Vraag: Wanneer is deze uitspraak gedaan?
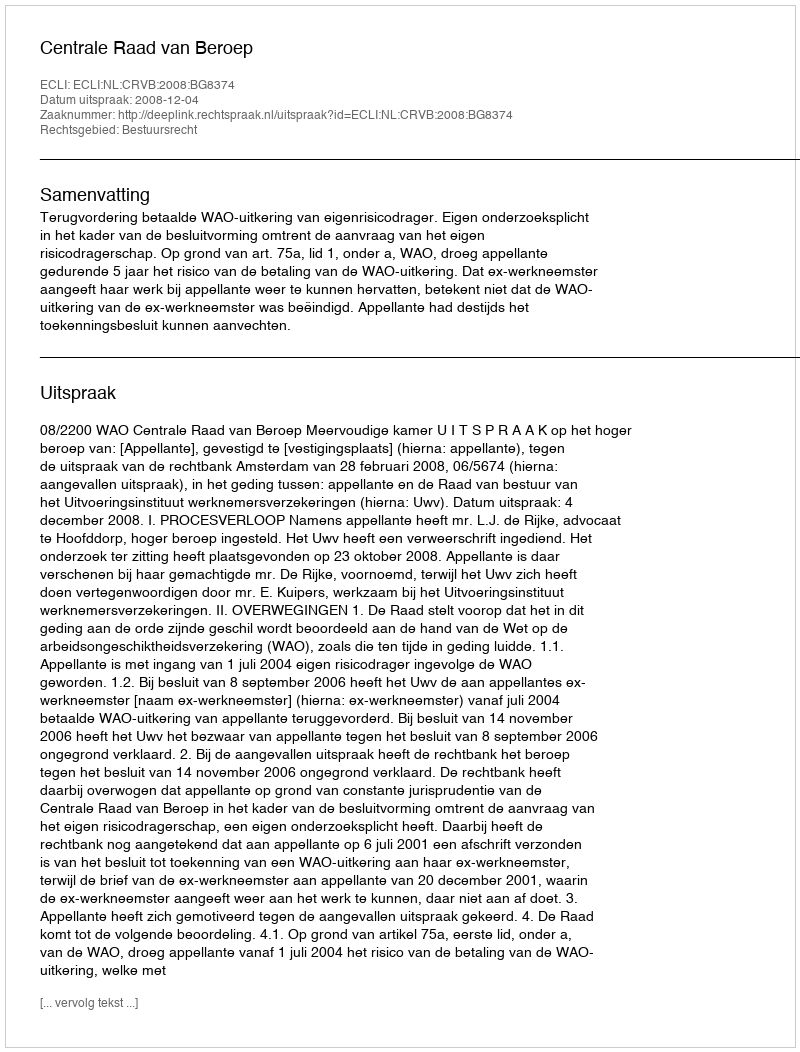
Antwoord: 2008-12-04